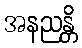
အနညန္တိ